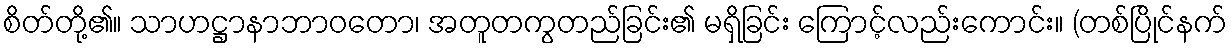
စိတ်တို့၏။ သာဟဋ္ဌာနာဘာဝတော၊ အတူတကွတည်ခြင်း၏ မရှိခြင်း ကြောင့်လည်းကောင်း။ (တစ်ပြိုင်နက်